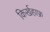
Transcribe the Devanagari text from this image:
किर्खहाफ्र